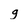
Character: g